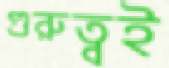
গুরুত্বই